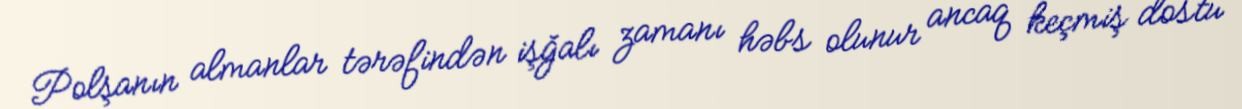
Polşanın almanlar tərəfindən işğalı zamanı həbs olunur ancaq keçmiş dostu